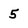
Character: 5